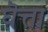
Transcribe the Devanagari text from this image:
घॆत्ता